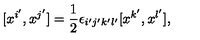
[ x ^ { i ^ { \prime } } , x ^ { j ^ { \prime } } ] = \frac { 1 } { 2 } \epsilon _ { i ^ { \prime } j ^ { \prime } k ^ { \prime } l ^ { \prime } } [ x ^ { k ^ { \prime } } , x ^ { l ^ { \prime } } ] ,